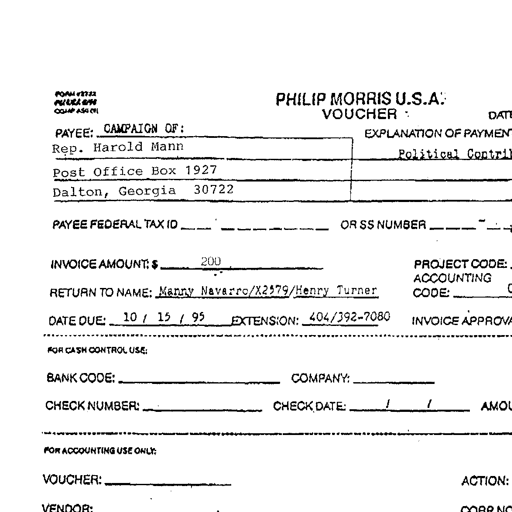
FORM #2722
PHILIP MORRIS U.S.A.
VOUCHER
DATE
PAYEE: CAMPAIGN OF:
EXPLANATION OF PAYMEN
Rep. Harold Mann
Political Contri
Post Office Box 1927
Dalton, Georgia 30722
PAYEE FEDERAL TAX ID --- --- ---- OR SS NUMBER --- -- ----
INVOICE AMOUNT: $ 200
PROJECT CODE:
ACCOUNTING
RETURN TO NAME: Manny Navarro/X2579/Henry Turner CODE:
DATE DUE: 10 / 15 / 95 EXTENSION: 404/392-7080 INVOICE APPROVA
FOR CASH CONTROL USE:
BANK CODE: COMPANY:
CHECK NUMBER: CHECK DATE: / / AMOU
FOR ACCOUNTING USE ONLY:
VOUCHER:
ACTION:
VENDOR: